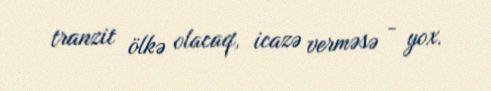
tranzit ölkə olacaq, icazə verməsə - yox.